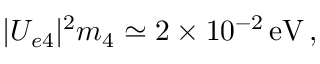
| U _ { e 4 } | ^ { 2 } m _ { 4 } \simeq 2 \times 1 0 ^ { - 2 } \, \mathrm { e V } \, ,